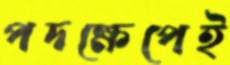
পদক্ষেপেই